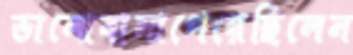
ভালোবাসাপেয়েছিলেন